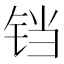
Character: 铛